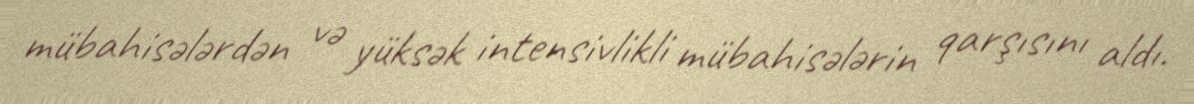
mübahisələrdən və yüksək intensivlikli mübahisələrin qarşısını aldı.